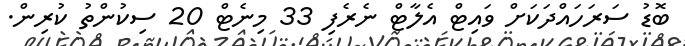
ބޮޑު ސަރަހައްދަކަށް ވައިޓް އެލާޓް ނެރެފި 33 މިނެޓް 20 ސިކުންތު ކުރިން.